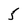
Character: 5